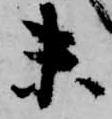
未